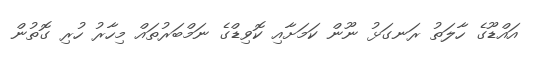
އައްޑޫގެ ހާލަތު ރަނގަޅު ނޫން ކަމަށާއި ކޮވިޑްގެ ނަމްބަރުތައް މިހާރު ހުރި ގޮތުން